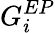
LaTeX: G_{i}^{EP}